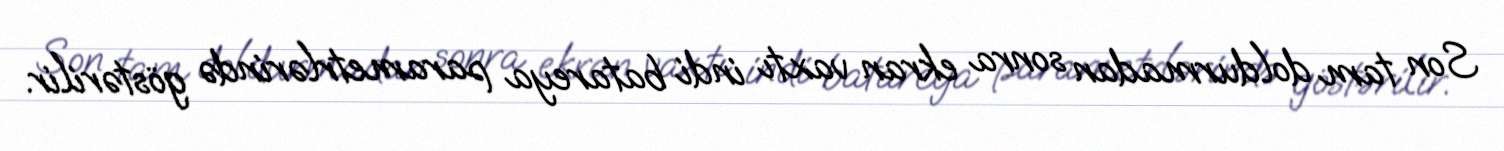
Son tam doldurmadan sonra ekran vaxtı indi batareya parametrlərində göstərilir.